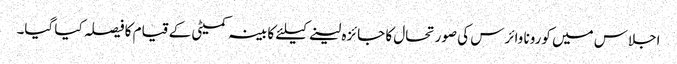
اجلاس میں کورونا وائرس کی صورتحال کا جائزہ لینے کیلئے کابینہ کمیٹی کے قیام کا فیصلہ کیا گیا۔